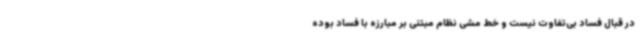
در قبال فساد بی‌تفاوت نیست و خط مشی نظام مبتنی بر مبارزه با فساد بوده